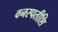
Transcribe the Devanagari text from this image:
वनस्पतीशि